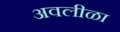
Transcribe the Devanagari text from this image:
अवलीळा